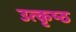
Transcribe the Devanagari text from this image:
उत्‍कृष्‍ठ